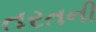
તરતની